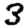
Digit: 3